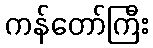
ကန်တော်ကြီး